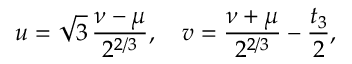
u = \sqrt { 3 } \, \frac { \nu - \mu } { 2 ^ { 2 / 3 } } , \quad v = \frac { \nu + \mu } { 2 ^ { 2 / 3 } } - \frac { t _ { 3 } } { 2 } ,